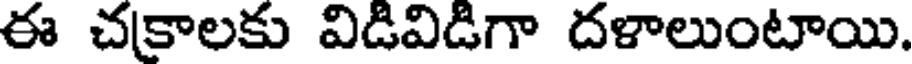
ఈ చకాలకు విడివిడిగా దళాలుంటాయి.